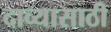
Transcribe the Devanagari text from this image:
दाव्यासाठी